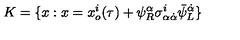
{ K } = \{ x : x = x _ { o } ^ { i } ( \tau ) + \psi _ { R } ^ { \alpha } \sigma _ { \alpha \dot { \alpha } } ^ { i } \bar { \psi } _ { L } ^ { \dot { \alpha } } \}